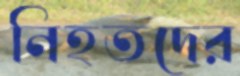
নিহতদের